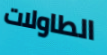
الطاولات